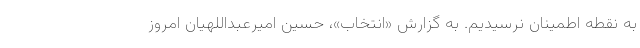
به نقطه اطمینان نرسیدیم. به گزارش «انتخاب»، حسین امیرعبداللهیان امروز